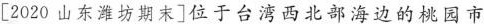
[2020山东潍坊期末]位于台湾西北部海边的桃园市